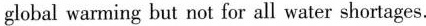
global warming but not for all water shortages.